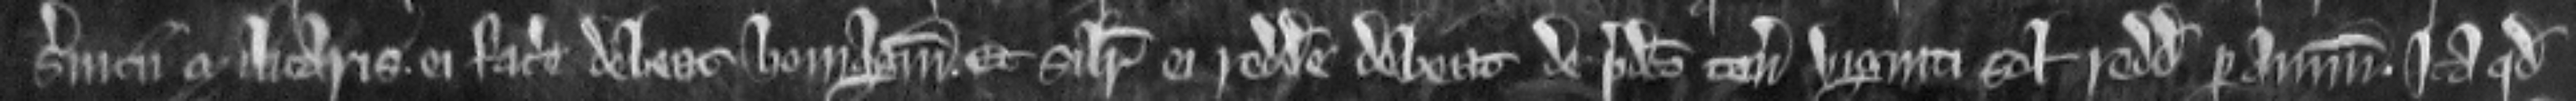
servicii militaris. ei facere debeat homagium. Et similiter ei reddere debeat de predicto tenemento viginti solidos redditus per annum. Ita quod